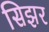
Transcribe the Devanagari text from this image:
सिझर